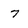
Character: 7